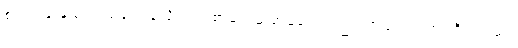
စံပယ်ဖြူနု စတဲ့ သရုပ်မှန်လိုင်းက စာရေးဆရာမတွေလည်း အများအပြား ရှိပါတယ်။